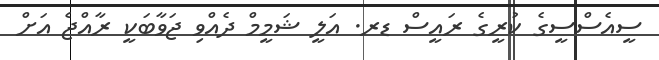
ސީއެސްސީގެ ކުރީގެ ރައީސް ޑރ. އަލީ ޝަމީމް ދެއްވި ޖަވާބަކީ ރާއްޖެ އަށް